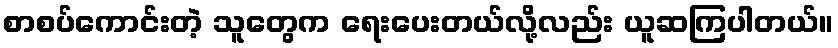
စာစပ်ကောင်းတဲ့ သူတွေက ရေးပေးတယ်လို့လည်း ယူဆကြပါတယ်။